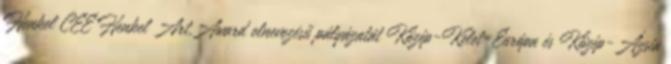
Henkel CEE Henkel Art.Award elnevezésű pályázatát Közép-Kelet-Európa és Közép-Ázsia